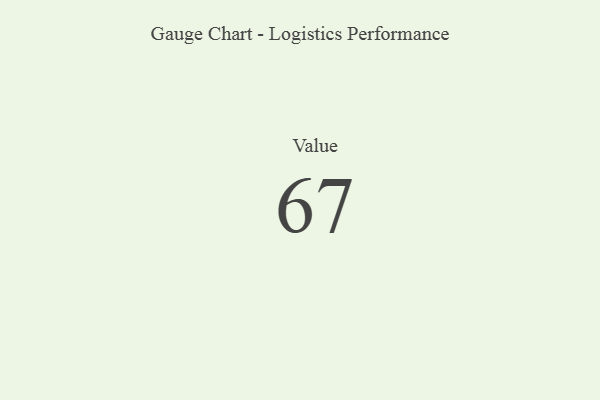
{"axis": {"x": "Metric", "y": "Value"}, "legend": [""], "data": [{"x": "Value", "y": 67, "type": ""}]}